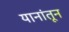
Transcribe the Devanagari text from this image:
यानांतून